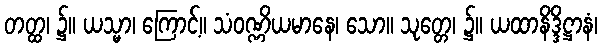
တတ္ထ၊ ၌။ ယသ္မာ၊ ကြောင့်။ သံဝဏ္ဏိယမာနေ၊ သော။ သုတ္တေ၊ ၌။ ယထာနိဒ္ဒိဋ္ဌာနံ၊